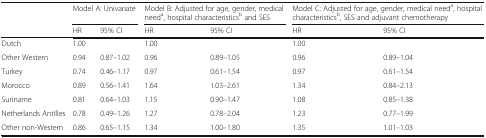
| <ROWSPAN=2>  | <COLSPAN=2> Model A: Univariate | <COLSPAN=2> Model B: Adjusted for age, gender, medical needa, hospital characteristicsb and SES | <COLSPAN=2> Model C: Adjusted for age, gender, medical needa, hospital characteristicsb, SES and adjuvant chemotherapy |
 | HR | 95% CI | HR | 95% CI | HR | 95% CI |
 | --- | --- | --- | --- | --- | --- | --- |
 | Dutch | 1.00 |  | 1.00 |  | 1.00 |  |
 | Other Western | 0.94 | 0.87–1.02 | 0.96 | 0.89–1.05 | 0.96 | 0.89–1.04 |
 | Turkey | 0.74 | 0.46–1.17 | 0.97 | 0.61–1.54 | 0.97 | 0.61–1.54 |
 | Morocco | 0.89 | 0.56–1.41 | 1.64 | 1.03–2.61 | 1.34 | 0.84–2.13 |
 | Suriname | 0.81 | 0.64–1.03 | 1.15 | 0.90–1.47 | 1.08 | 0.85–1.38 |
 | Netherlands Antilles | 0.78 | 0.49–1.26 | 1.27 | 0.78–2.04 | 1.23 | 0.77–1.99 |
 | Other non-Western | 0.86 | 0.65–1.15 | 1.34 | 1.00–1.80 | 1.35 | 1.01–1.03 |